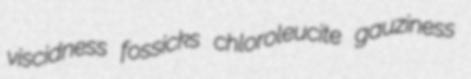
viscidness fossicks chloroleucite gauziness